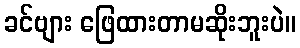
ခင်ဗျား ဖြေထားတာမဆိုးဘူးပဲ။